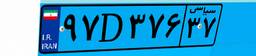
۶۱D۴۴۱۱۳